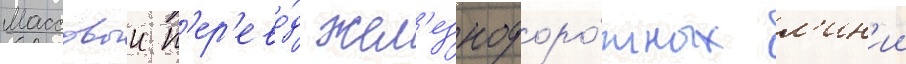
Массовыи п'ер'ево́д жел'езнодоро́жных л'ин'ии